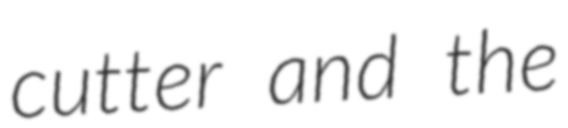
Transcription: cutter and the